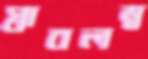
স্বাবলম্ব